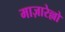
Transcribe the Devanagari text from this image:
माज़ारेल्लो